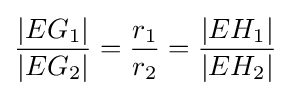
{\frac {|EG_{1}|}{|EG_{2}|}}={\frac {r_{1}}{r_{2}}}={\frac {|EH_{1}|}{|EH_{2}|}}\